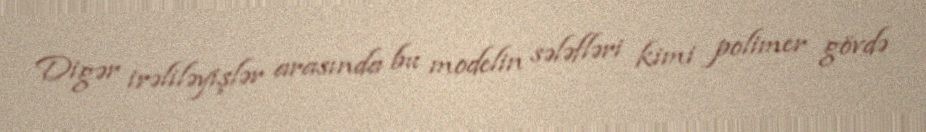
Digər irəliləyişlər arasında bu modelin sələfləri kimi polimer gövdə